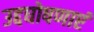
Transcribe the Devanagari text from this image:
उद्दघोषणाएं